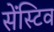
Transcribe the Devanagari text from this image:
सेंस्टिव